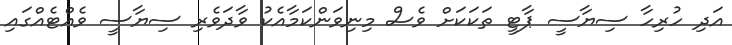
އަދި ހުރިހާ ސިޔާސީ ޕާޓީ ތަކަކަށް ވެސް މިނިވަންކަމާއެކު ވާދަވެރި ސިޔާސީ ވެއްޓެއްގައި